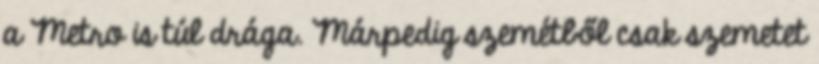
a Metro is túl drága. Márpedig szemétből csak szemetet